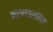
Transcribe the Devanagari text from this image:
भरण्याकरिता